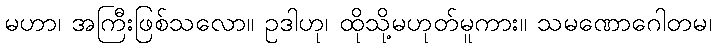
မဟာ၊ အကြီးဖြစ်သလော။ ဥဒါဟု၊ ထိုသို့မဟုတ်မူကား။ သမဏောဂေါတမ၊